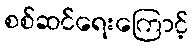
စစ်ဆင်ရေးကြောင့်